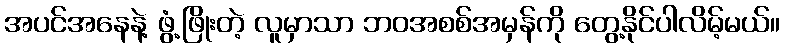
အပင်အနေနဲ့ ဖွံ့ဖြိုးတဲ့ လူမှာသာ ဘဝအစစ်အမှန်ကို တွေ့နိုင်ပါလိမ့်မယ်။